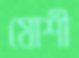
যোশী